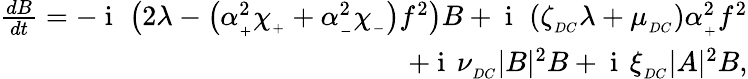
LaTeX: \begin{array}{r}{\frac{dB}{dt}=-\mathrm{~i~}\, \left(2\lambda-\left(\alpha_{_+}^{2}\chi_{_+}+\alpha_{_-}^{2}\chi_{_-}\right)f^{2}\right)B+\mathrm{~i~}\, \left(\zeta_{_{DC}}\lambda+\mu_{_{DC}}\right)\alpha_{_+}^{2}f^{2}}\\ {+\mathrm{~i~}\, \nu_{_{DC}}|B|^{2}B+\mathrm{~i~}\, \xi_{_{DC}}|A|^{2}B,}\end{array}